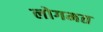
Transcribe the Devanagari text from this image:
लोगमत